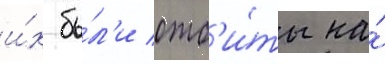
и́х бы́л'и отб'и́ты на́